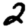
Digit: 2